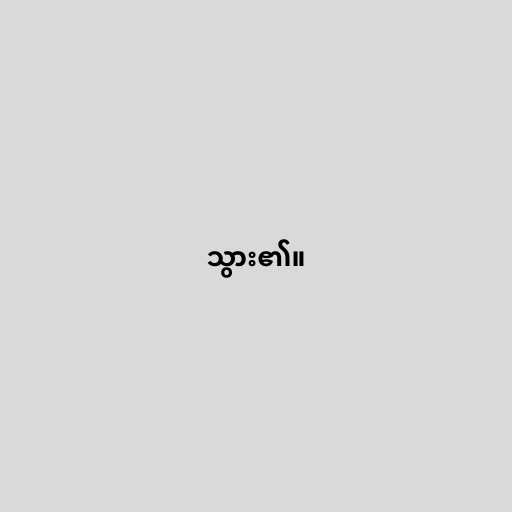
သွား၏။